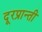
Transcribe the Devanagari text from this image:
दूरप्रान्ती